Sketch of the medical history of the native army of Bombay, for the year
Year: 1876
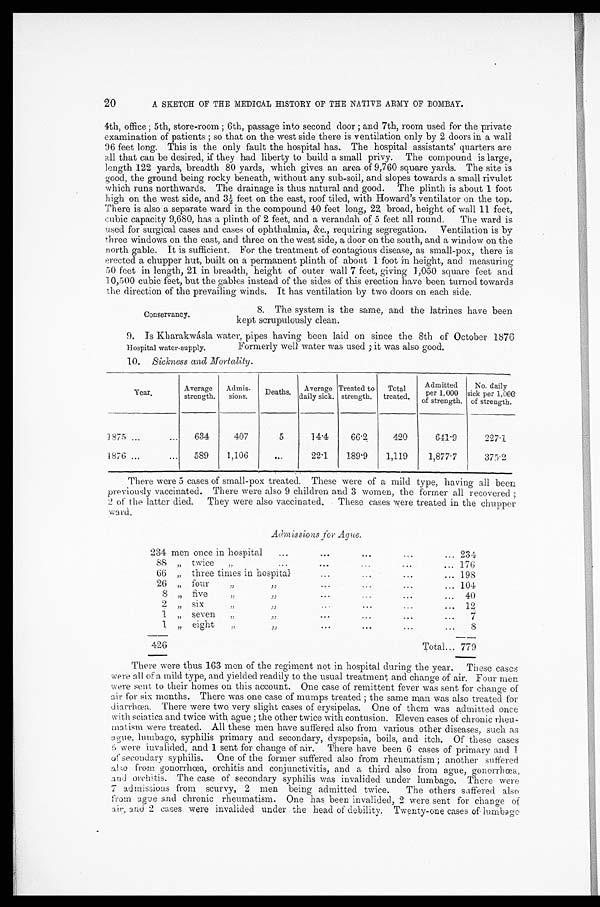
20
A SKETCH OF THE MEDICAL HISTORY OF THE NATIVE ARMY OF BOMBAY.
4th, office ; 5th, store-room ; 6th, passage into second door ; and 7th, room used for the private
examination of patients ; so that on the west side there is ventilation only by 2 doors in a wall
96 feet long. This is the only fault the hospital has. The hospital assistants' quarters are
all that can be desired, if they had liberty to build a small privy. The compound is large,
length 122 yards, breadth 80 yards, which gives an area of 9,760 square yards. The site is
good, the ground being rocky beneath, without any sub-soil, and slopes towards a small rivulet
which runs northwards. The drainage is thus natural and good. The plinth is about 1 foot
high on the west side, and 3 1/2 feet on the east, roof tiled, with Howard' s ventilator on the top.
There is also a separate ward in the compound 40 feet long, 22 broad, height of wall 11 feet,
cubic capacity 9,680, has a plinth of 2 feet, and a verandah of 5 feet all round. The ward is
used for surgical cases and cases of ophthalmia, &c., requiring segregation. Ventilation is by
three windows on the east, and three on the west side, a door on the south, and a window on the
north gable. It is sufficient. For the treatment of contagious disease, as small-pox, there is
erected a chupper hut, built on a permanent plinth of about 1 foot in height, and measuring
50 feet in length, 21 in breadth, height of outer wall 7 feet, giving 1,050 square feet and
10,500 cubic feet, but the gables instead of the sides of this erection have been turned towards
the direction of the prevailing winds. It has ventilation by two doors on each side.
Conservancy.
8. The system is the same, and the latrines have been
kept scrupulously clean.
9. Is Kharakwásla water, pipes having been laid on since the 8th of October 1876
Hospital water-supply.
10. Sickness and Mortality.
Year.
Average
strength.
Admis-
sions.
D e a t h s .
Average
daily sick.
Treated to
strength.
Total
treated.
A d m i t t e d p e r 1 , 0 0 0 o f s t r e n g t h .
No. daily sick per 1, 000 of strength.
1 8 7 5 . . .
. . .
6 3 4
4 0 7
5
1 4 . 4
6 6 . 2
4 2 0
6 4 1 . 9
2 2 7 . 1
1 8 7 6 . . .
. . .
589
1,106
...
2 2 . 1
1 8 9 . 9
1,119
1 , 8 7 7 . 7
3 7 5 . 2
There were 5 cases of small-pox treated. These were of a mild type, having all been
previously vaccinated. There were also 9 children and 3 women, the former all recovered ;
2 of the latter died. They were also vaccinated. These cases were treated in the chupper
ward.
Admissions for Ague.
234 men once in hospital
. . .
. . .
. . .
. . .
. . . 234
88
, , twice
, ,
. . .
. . .
. . .
. . .
. . . 176
66
, , three times in hospital
...
...
...
... 198
26 „ four
, ,
, ,
. . .
. . .
. . .
. . . 104
8 „ five
, ,
, ,
. . .
. . .
. . .
. . . 40
2
, , six
,,
,,
. . .
. . .
. . .
. . . 12
1
, , seven
,,
, ,
. . .
. . .
. . .
. . .
7
1
, , eight
, ,
, ,
. . .
. . .
. . .
. . .
8
426
Total... 779
There were thus 163 men of the regiment not in hospital during the year. These cases
were all of a mild type, and yielded readily to the usual treatment and change of air. Four men
were sent to their homes on this account. One case of remittent fever was sent for change of
air for six months. There was one case of mumps treated ; the same man was also treated for
diarrhœa. There were two very slight cases of erysipelas. One of them was admitted once
with sciatica and twice with ague ; the other twice with contusion. Eleven cases of chronic rheu-
matism were treated. All these men have suffered also from various other diseases, such as
ague, lumbago, syphilis primary and secondary, dyspepsia, boils, and itch. Of these cases
5 were invalided, and 1 sent for change of air. There have been 6 cases of primary and 1
of secondary syphilis. One of the former suffered also from rheumatism ; another suffered
also from gonorrhœa, orchitis and conjunctivitis, and a third also from ague, gonorrhœa,
and orchitis. The case of secondary syphilis was invalided under lumbago. There were
7 admissions from scurvy, 2 men being admitted twice. The others suffered also
from ague and chronic rheumatism. One has been invalided, 2 were sent for change of
air, and 2 cases were invalided under the head of debility. Twenty-one cases of lumbago
Formerly well water was used ; it was also good.